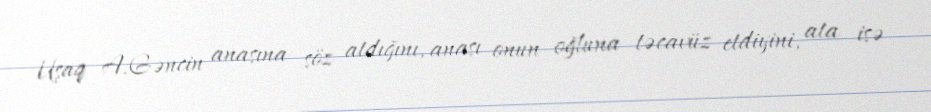
Uşaq A.Gəncin anasına söz atdığını, anası onun oğluna təcavüz etdiyini, ata isə